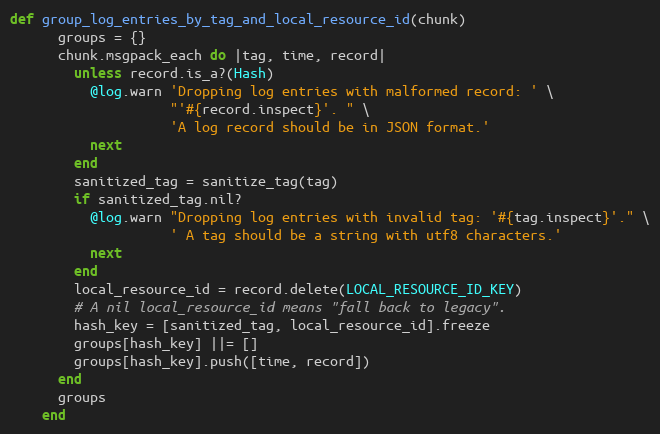
Language: Ruby
def group_log_entries_by_tag_and_local_resource_id(chunk)
      groups = {}
      chunk.msgpack_each do |tag, time, record|
        unless record.is_a?(Hash)
          @log.warn 'Dropping log entries with malformed record: ' \
                    "'#{record.inspect}'. " \
                    'A log record should be in JSON format.'
          next
        end
        sanitized_tag = sanitize_tag(tag)
        if sanitized_tag.nil?
          @log.warn "Dropping log entries with invalid tag: '#{tag.inspect}'." \
                    ' A tag should be a string with utf8 characters.'
          next
        end
        local_resource_id = record.delete(LOCAL_RESOURCE_ID_KEY)
        # A nil local_resource_id means "fall back to legacy".
        hash_key = [sanitized_tag, local_resource_id].freeze
        groups[hash_key] ||= []
        groups[hash_key].push([time, record])
      end
      groups
    end